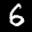
Label: 6